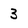
Character: 3